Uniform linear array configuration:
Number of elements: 16
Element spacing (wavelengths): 0.75
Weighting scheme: kaiser
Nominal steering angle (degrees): -15
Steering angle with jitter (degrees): -16.735
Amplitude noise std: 0.05
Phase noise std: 0.05

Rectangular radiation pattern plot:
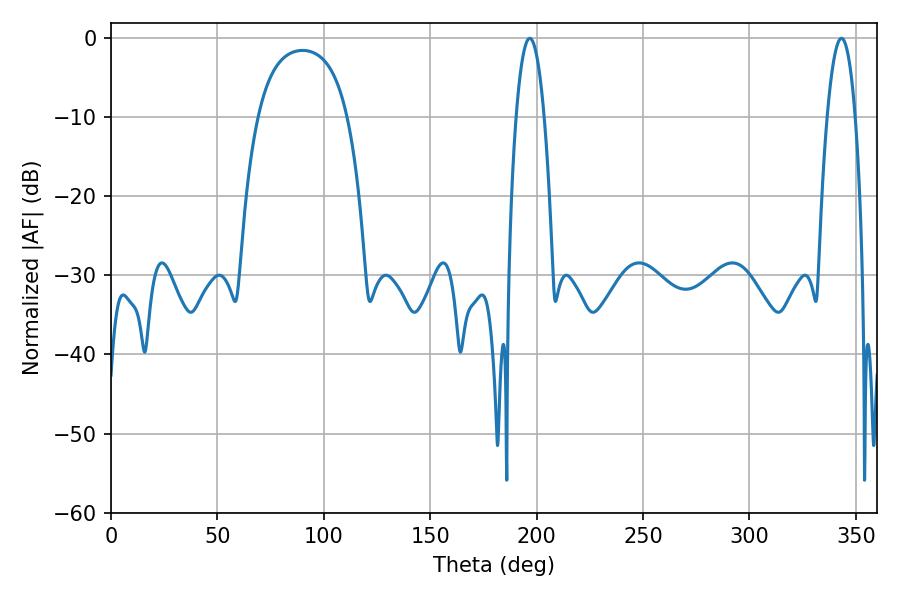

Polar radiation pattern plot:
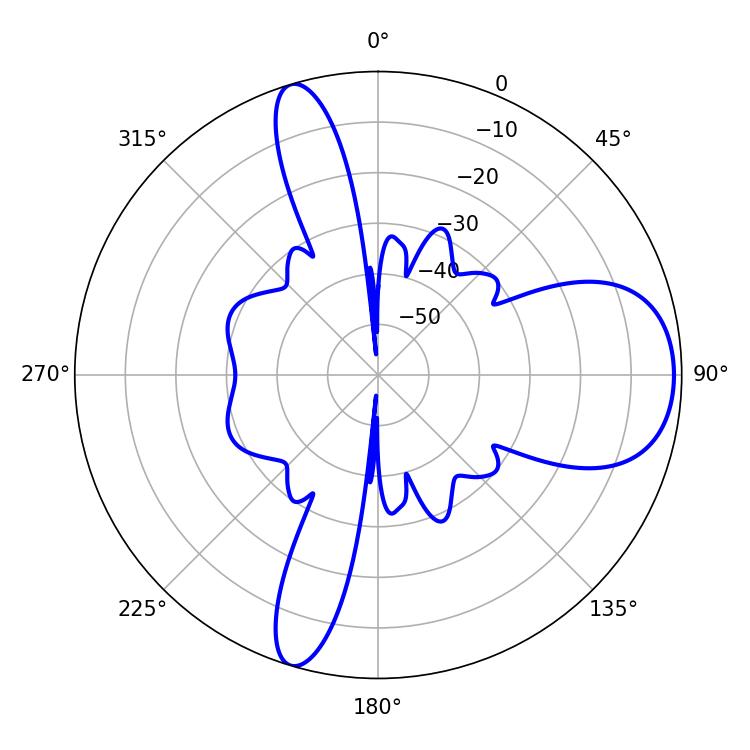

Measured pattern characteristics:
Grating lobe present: TRUE
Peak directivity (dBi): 8.758
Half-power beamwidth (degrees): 7.38
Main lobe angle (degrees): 196.74